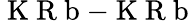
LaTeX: \mathrm{~K~R~b~}{-}\mathrm{~K~R~b~}